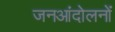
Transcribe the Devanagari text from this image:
जनआंदोलनों